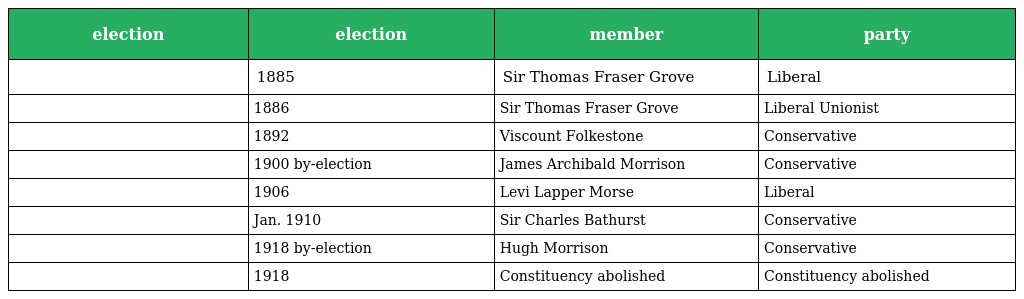
| election | election | member | party |
 | --- | --- | --- | --- |
 |  | 1885 | Sir Thomas Fraser Grove | Liberal |
 |  | 1886 | Sir Thomas Fraser Grove | Liberal Unionist |
 |  | 1892 | Viscount Folkestone | Conservative |
 |  | 1900 by-election | James Archibald Morrison | Conservative |
 |  | 1906 | Levi Lapper Morse | Liberal |
 |  | Jan. 1910 | Sir Charles Bathurst | Conservative |
 |  | 1918 by-election | Hugh Morrison | Conservative |
 |  | 1918 | Constituency abolished | Constituency abolished |